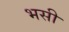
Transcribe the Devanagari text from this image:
भसी